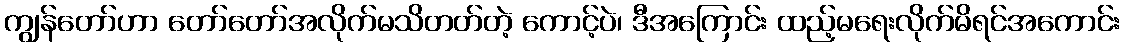
ကျွန်တော်ဟာ တော်တော်အလိုက်မသိတတ်တဲ့ ကောင့်ပဲ၊ ဒီအကြောင်း ထည့်မရေးလိုက်မိရင်အကောင်း